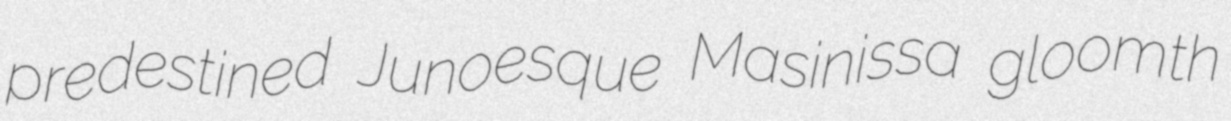
predestined Junoesque Masinissa gloomth